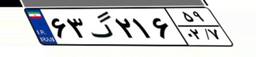
۶۳گ۲۱۶۵۹